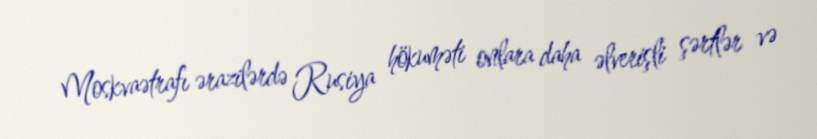
Moskvaətrafı ərazilərdə Rusiya hökuməti onlara daha əlverişli şərtlər və